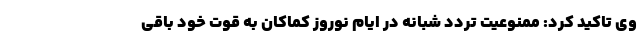
وی تاکید کرد: ممنوعیت تردد شبانه در ایام نوروز کماکان به قوت خود باقی